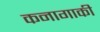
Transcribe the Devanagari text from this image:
कनागाकी